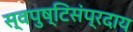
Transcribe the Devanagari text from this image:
स्वपुष्टिसंप्रदाय